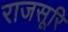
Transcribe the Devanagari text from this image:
राजसूरि